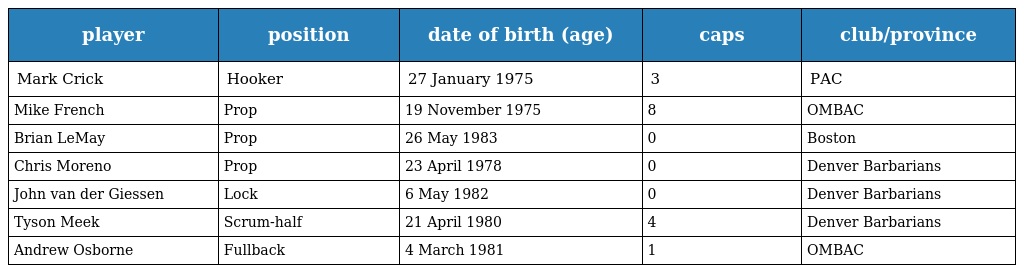
| player | position | date of birth (age) | caps | club/province |
 | --- | --- | --- | --- | --- |
 | Mark Crick | Hooker | 27 January 1975 | 3 | PAC |
 | Mike French | Prop | 19 November 1975 | 8 | OMBAC |
 | Brian LeMay | Prop | 26 May 1983 | 0 | Boston |
 | Chris Moreno | Prop | 23 April 1978 | 0 | Denver Barbarians |
 | John van der Giessen | Lock | 6 May 1982 | 0 | Denver Barbarians |
 | Tyson Meek | Scrum-half | 21 April 1980 | 4 | Denver Barbarians |
 | Andrew Osborne | Fullback | 4 March 1981 | 1 | OMBAC |